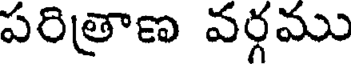
పరిత్రాణ వర్గము